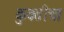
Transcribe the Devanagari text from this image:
कुवतीचा